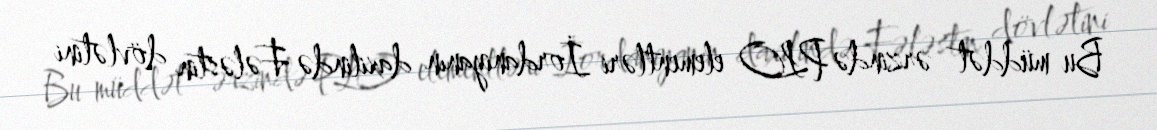
Bu müddət ərzində PLO elementləri İordaniyanın daxilində Fələstin dövlətini